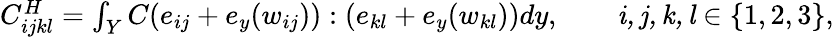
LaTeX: \begin{array}{r}{C_{ijkl}^{H}=\int_{Y}C(e_{ij}+e_{y}(w_{ij})):(e_{kl}+e_{y}(w_{kl}))d{y},\qquad\mathit{i,j,k,l}\in\{ 1,2,3\} ,}\end{array}